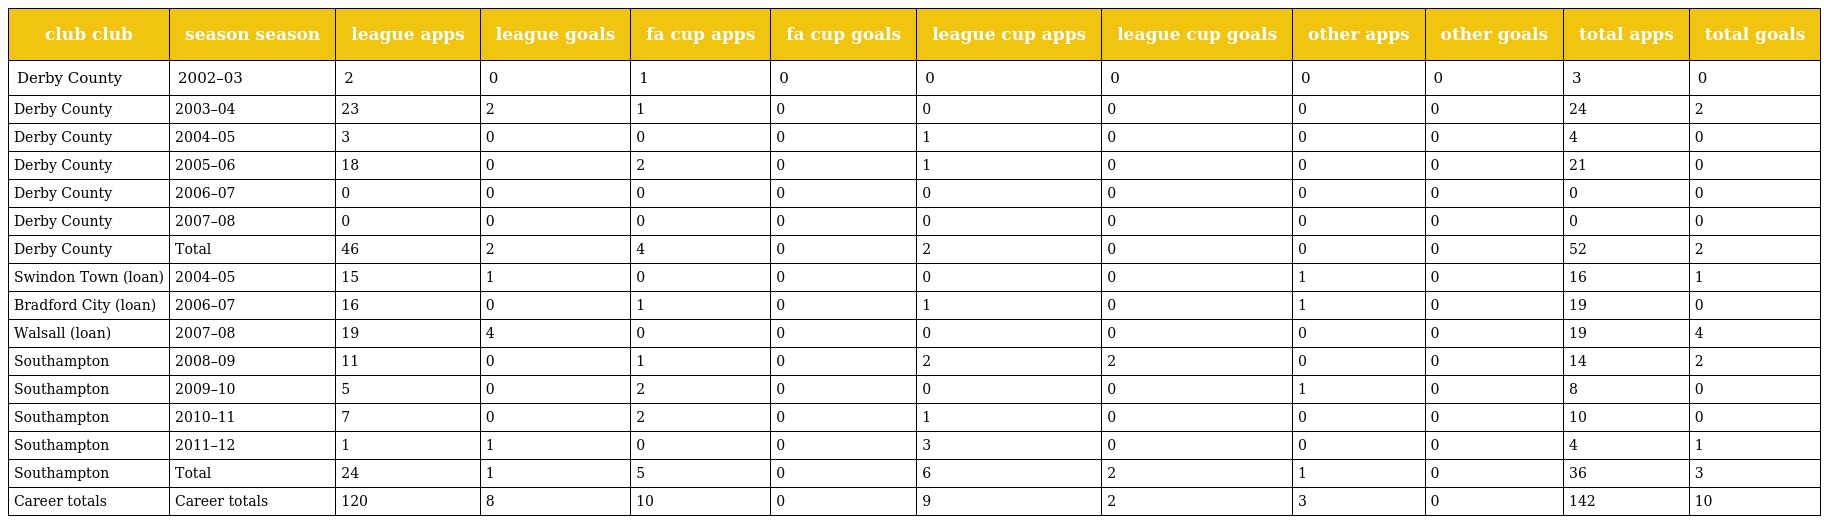
| club club | season season | league apps | league goals | fa cup apps | fa cup goals | league cup apps | league cup goals | other apps | other goals | total apps | total goals |
 | --- | --- | --- | --- | --- | --- | --- | --- | --- | --- | --- | --- |
 | Derby County | 2002–03 | 2 | 0 | 1 | 0 | 0 | 0 | 0 | 0 | 3 | 0 |
 | Derby County | 2003–04 | 23 | 2 | 1 | 0 | 0 | 0 | 0 | 0 | 24 | 2 |
 | Derby County | 2004–05 | 3 | 0 | 0 | 0 | 1 | 0 | 0 | 0 | 4 | 0 |
 | Derby County | 2005–06 | 18 | 0 | 2 | 0 | 1 | 0 | 0 | 0 | 21 | 0 |
 | Derby County | 2006–07 | 0 | 0 | 0 | 0 | 0 | 0 | 0 | 0 | 0 | 0 |
 | Derby County | 2007–08 | 0 | 0 | 0 | 0 | 0 | 0 | 0 | 0 | 0 | 0 |
 | Derby County | Total | 46 | 2 | 4 | 0 | 2 | 0 | 0 | 0 | 52 | 2 |
 | Swindon Town (loan) | 2004–05 | 15 | 1 | 0 | 0 | 0 | 0 | 1 | 0 | 16 | 1 |
 | Bradford City (loan) | 2006–07 | 16 | 0 | 1 | 0 | 1 | 0 | 1 | 0 | 19 | 0 |
 | Walsall (loan) | 2007–08 | 19 | 4 | 0 | 0 | 0 | 0 | 0 | 0 | 19 | 4 |
 | Southampton | 2008–09 | 11 | 0 | 1 | 0 | 2 | 2 | 0 | 0 | 14 | 2 |
 | Southampton | 2009–10 | 5 | 0 | 2 | 0 | 0 | 0 | 1 | 0 | 8 | 0 |
 | Southampton | 2010–11 | 7 | 0 | 2 | 0 | 1 | 0 | 0 | 0 | 10 | 0 |
 | Southampton | 2011–12 | 1 | 1 | 0 | 0 | 3 | 0 | 0 | 0 | 4 | 1 |
 | Southampton | Total | 24 | 1 | 5 | 0 | 6 | 2 | 1 | 0 | 36 | 3 |
 | Career totals | Career totals | 120 | 8 | 10 | 0 | 9 | 2 | 3 | 0 | 142 | 10 |